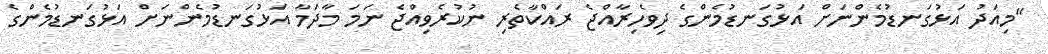
"މިއަދު އަޅުގަނޑުމެންނަށް އަޅުގަނޑުމެންގެ ދިވެހިރާއްޖެ ރައްކާތެރި ނުކުރެވިއްޖެ ނަމަ މާދަމާ އަޅުގަނޑުމެންނަށް އަޅުގަނޑުމެންގެ